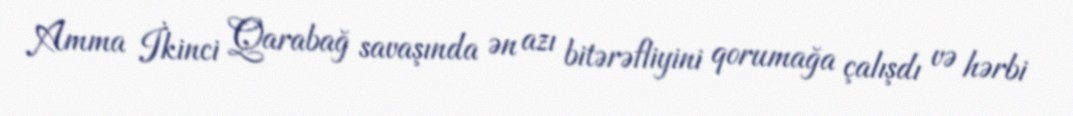
Amma İkinci Qarabağ savaşında ən azı bitərəfliyini qorumağa çalışdı və hərbi